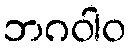
ဘဂဝါဝ